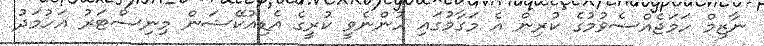
ނާޒިމް ހަމަޖެއްސެވުމުގެ ކުރިން އެ މަގާމުގައި ހުންނެވީ ކުރީގެ އެޑިއުކޭޝަން މިނިސްޓަރު އަހުމަދު